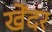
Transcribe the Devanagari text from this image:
खेंदर